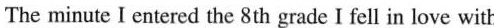
The minute I entered the 8th grade I fell in love with